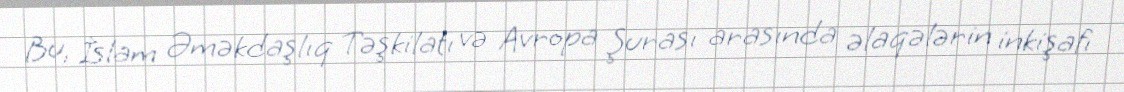
Bu, İslam Əməkdaşlıq Təşkilatı və Avropa Şurası arasında əlaqələrin inkişafı